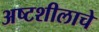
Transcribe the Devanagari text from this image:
अष्टशीलाचे